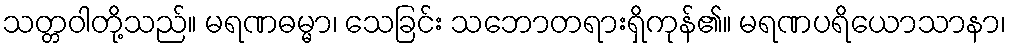
သတ္တဝါတို့သည်။ မရဏဓမ္မာ၊ သေခြင်း သဘောတရားရှိကုန်၏။ မရဏပရိယောသာနာ၊